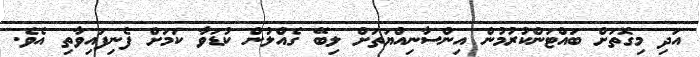
އަދި މިގޮތަށް ބައްޓަންކުރުމުން އިންސާނިއްޔަތަށް ލިބޭ ގެއްލުން ކުޑަވާ ކަމަށް ފެނިފައިވާތި އެވެ.